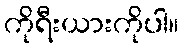
ကိုရီးယားကိုပါ။